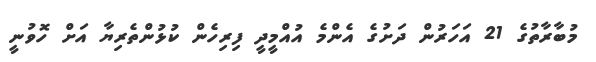
މުބާރާތުގެ 21 އަހަރުން ދަށުގެ އެންމެ އުއްމީދީ ފިރިހެން ކުޅުންތެރިޔާ އަށް ހޮވުނީ